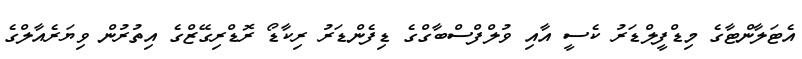
އެޓަލާންޓާގެ މިޑްފީލްޑަރު ކެސީ އާއި ވުލްފްސްބާގްގެ ޑިފެންޑަރު ރިކާޑޯ ރޮޑްރިގޭޒްގެ އިތުރުން ވިޔަރެއާލްގެ